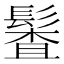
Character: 𩮎